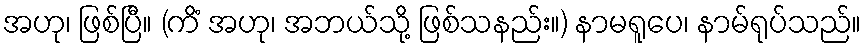
အဟု၊ ဖြစ်ပြီ။ (ကိံ အဟု၊ အဘယ်သို့ ဖြစ်သနည်း။) နာမရူပေ၊ နာမ်ရုပ်သည်။